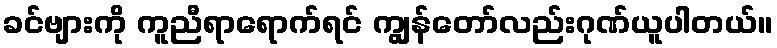
ခင်ဗျားကို ကူညီရာရောက်ရင် ကျွန်တော်လည်းဂုဏ်ယူပါတယ်။